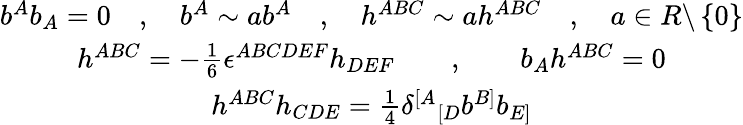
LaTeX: \begin{array}{c}{{b^{A}b_{A}=0\quad,\quad b^{A}\sim ab^{A}\quad,\quad h^{ABC}\sim ah^{ABC}\quad,\quad a\in R\backslash\left\{ 0\right\} }}\\ {{h^{ABC}=-\frac 16\epsilon^{ABCDEF}h_{DEF}\qquad,\qquad b_{A}h^{ABC}=0}}\\ {{h^{ABC}h_{CDE}=\frac 14\delta^{[A}{}_{[D}b^{B]}b_{E]}}}\end{array}